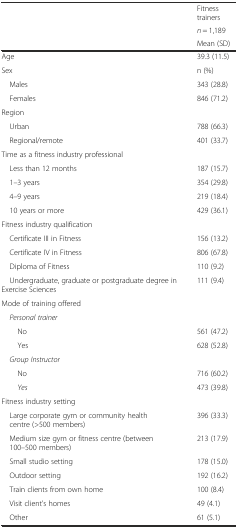
<table><thead><tr><td rowspan="3"></td><td><b>Fitness trainers</b></td></tr><tr><td><b><i>n</i> = 1,189</b></td></tr><tr><td><b>Mean (SD)</b></td></tr></thead><tbody><tr><td>Age</td><td>39.3 (11.5)</td></tr><tr><td>Sex</td><td>n (%)</td></tr><tr><td> Males</td><td>343 (28.8)</td></tr><tr><td> Females</td><td>846 (71.2)</td></tr><tr><td>Region</td><td></td></tr><tr><td> Urban</td><td>788 (66.3)</td></tr><tr><td> Regional/remote</td><td>401 (33.7)</td></tr><tr><td>Time as a fitness industry professional</td><td></td></tr><tr><td> Less than 12 months</td><td>187 (15.7)</td></tr><tr><td> 1–3 years</td><td>354 (29.8)</td></tr><tr><td> 4–9 years</td><td>219 (18.4)</td></tr><tr><td> 10 years or more</td><td>429 (36.1)</td></tr><tr><td>Fitness industry qualification</td><td></td></tr><tr><td> Certificate III in Fitness</td><td>156 (13.2)</td></tr><tr><td> Certificate IV in Fitness</td><td>806 (67.8)</td></tr><tr><td> Diploma of Fitness</td><td>110 (9.2)</td></tr><tr><td> Undergraduate, graduate or postgraduate degree in Exercise Sciences</td><td>111 (9.4)</td></tr><tr><td>Mode of training offered</td><td></td></tr><tr><td> <i>Personal trainer</i></td><td></td></tr><tr><td>No</td><td>561 (47.2)</td></tr><tr><td>Yes</td><td>628 (52.8)</td></tr><tr><td> <i>Group Instructor</i></td><td></td></tr><tr><td>No</td><td>716 (60.2)</td></tr><tr><td><i>Yes</i></td><td>473 (39.8)</td></tr><tr><td>Fitness industry setting</td><td></td></tr><tr><td> Large corporate gym or community health centre (&gt;500 members)</td><td>396 (33.3)</td></tr><tr><td> Medium size gym or fitness centre (between 100–500 members)</td><td>213 (17.9)</td></tr><tr><td> Small studio setting</td><td>178 (15.0)</td></tr><tr><td> Outdoor setting</td><td>192 (16.2)</td></tr><tr><td> Train clients from own home</td><td>100 (8.4)</td></tr><tr><td> Visit client’s homes</td><td>49 (4.1)</td></tr><tr><td> Other</td><td>61 (5.1)</td></tr></tbody></table>